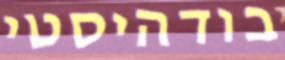
בודהיסטי